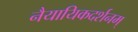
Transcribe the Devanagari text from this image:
नैयायिकदर्शनम्